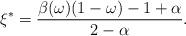
LaTeX: \begin{align*}\xi^\ast=\frac{\beta(\omega)(1-\omega)-1+\alpha}{2-\alpha}.\end{align*}